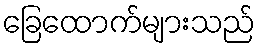
ခြေထောက်များသည်